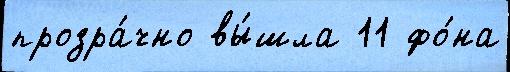
прозра́чно вы́шла 11 фо́на